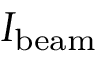
I _ { \mathrm { { b e a m } } }